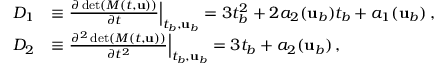
\begin{array} { r l } { D _ { 1 } } & { \equiv \frac { \partial \operatorname* { d e t } ( M ( t , { \mathbf { u } } ) ) } { \partial t } \Big \vert _ { t _ { b } , { \mathbf { u } } _ { b } } = 3 t _ { b } ^ { 2 } + 2 a _ { 2 } ( { \mathbf { u } } _ { b } ) t _ { b } + a _ { 1 } ( { \mathbf { u } } _ { b } ) \, , } \\ { D _ { 2 } } & { \equiv \frac { \partial ^ { 2 } \operatorname* { d e t } ( M ( t , { \mathbf { u } } ) ) } { \partial t ^ { 2 } } \Big \vert _ { t _ { b } , { \mathbf { u } } _ { b } } = 3 t _ { b } + a _ { 2 } ( { \mathbf { u } } _ { b } ) \, , } \end{array}